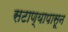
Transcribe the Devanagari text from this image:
सटाण्यापासून